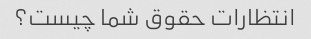
انتظارات حقوق شما چیست؟